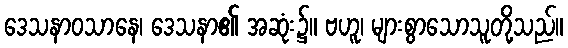
ဒေသနာဝသာနေ၊ ဒေသနာ၏ အဆုံး၌။ ဗဟူ၊ များစွာသောသူတို့သည်။